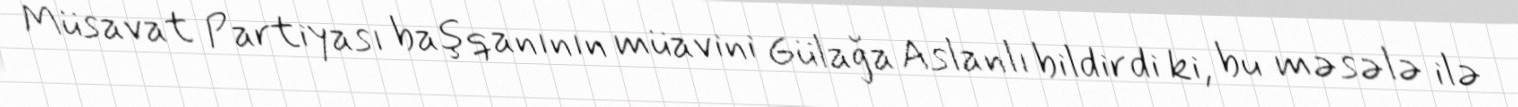
Müsavat Partiyası başqanının müavini Gülağa Aslanlı bildirdi ki, bu məsələ ilə